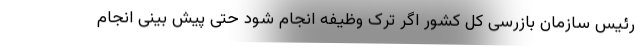
رئیس سازمان بازرسی کل کشور اگر ترک وظیفه انجام شود حتی پیش بینی انجام